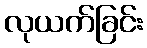
လုယက်ခြင်း